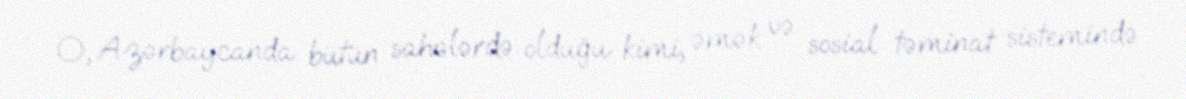
O, Azərbaycanda bütün sahələrdə olduğu kimi, əmək və sosial təminat sistemində